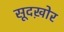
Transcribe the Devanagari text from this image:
सूदख़ोर